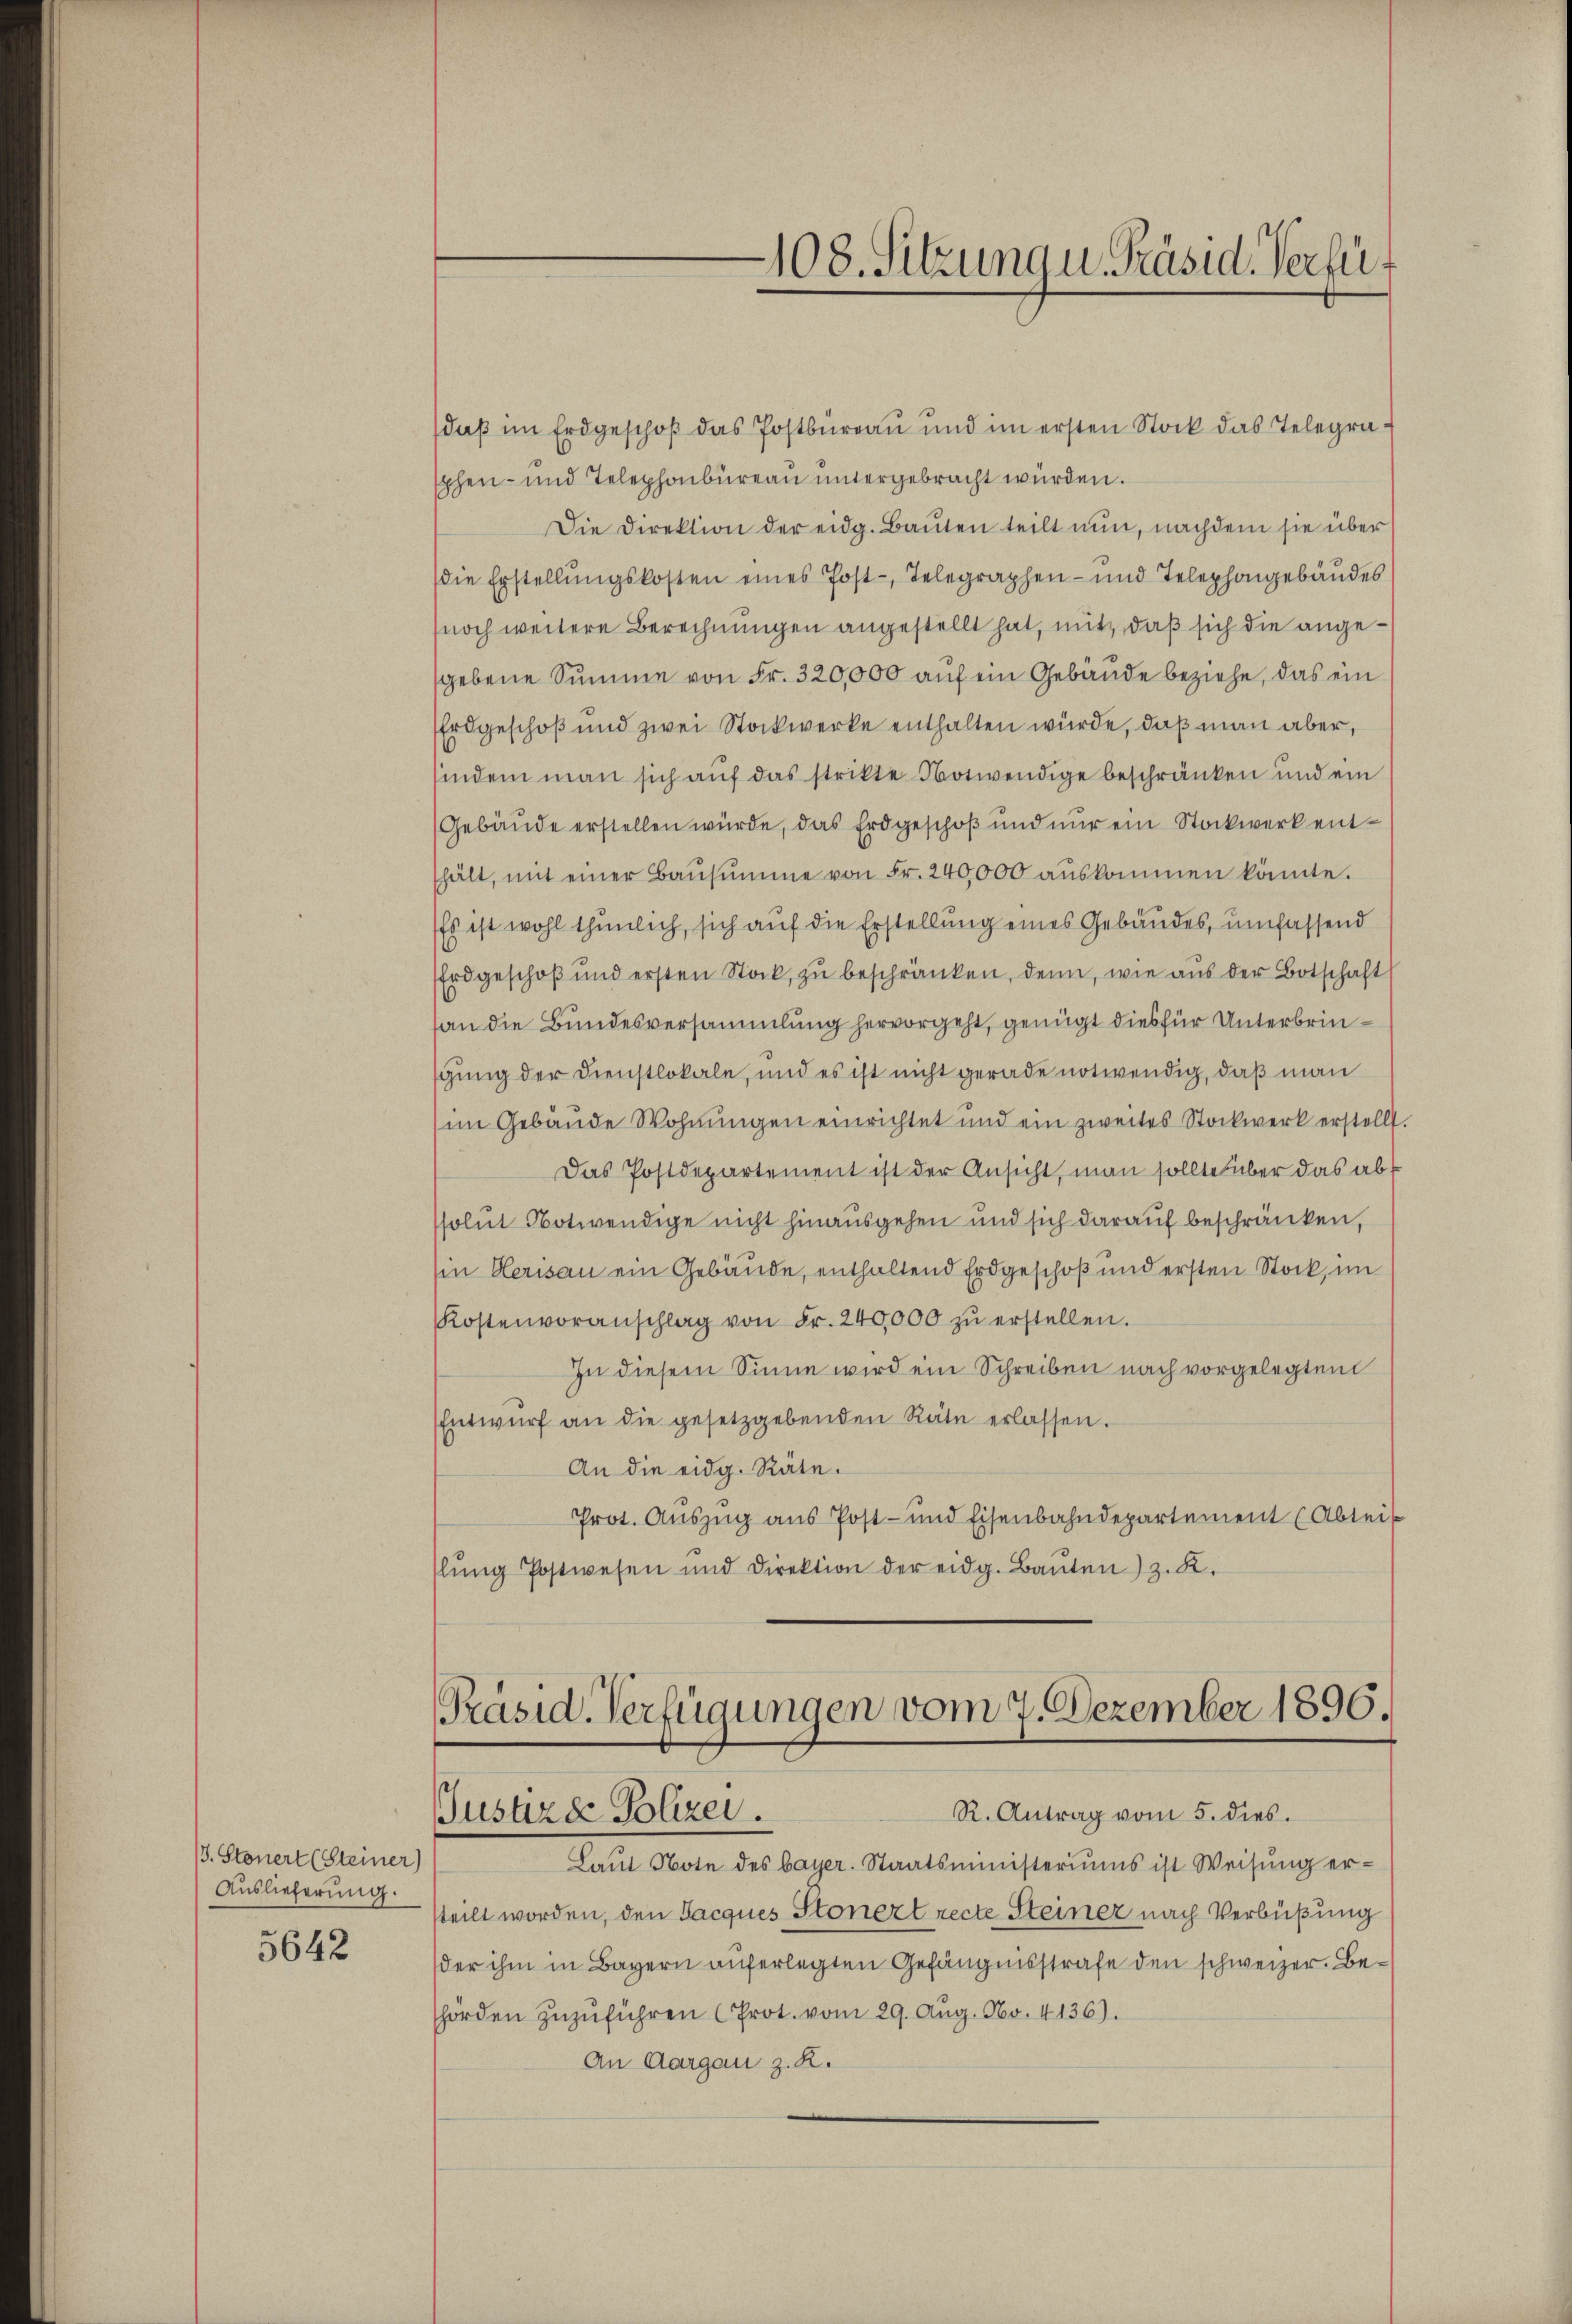
/3. Stonert (Steiner)
Auslieferung.

5642

108. Sitzung u. Präsid. Verfü¬

daß im Erdgeschoß das Postbureau und im ersten Stock das Telegrasphen- und Telephonbüreau untergebracht würden.
Die Direktion der eidg. Baŭten teilt nun, nachdem sie über
Die Erstellungskosten eines Post-Telegraphen- und Telephongebäudes
(noch weitere Berechnungen angestellt hat, mit, daß sich die angegebene Summe von Fr. 320,000 auf ein Gebäude beziehe, das ein
Erdgeschoß und zwei Stockwerke enthalten würde, daß man aber,
sindem man sich auf das strikte Notwendige beschränken und ein
(Gebäŭde erstellen würde, das Erdgeschoß und nur ein Stockwerkentshält, mit einer Baŭsŭmme von Fr. 240,000 aŭskommen könnte.
Es ist wohl thunlich, sich auf die Erstellung eines Gebäudes, umfassend
Erdgeschoß und ersten Stock, zu beschränken, denn, wie aus der Botschaft
an die Bundesversammlung hervorgeht, genügt dies für Unterbringung der Dienstlokale, und es ist nicht gerade notwendig, daß man
im Gebäŭde Wohnungen einrichtet und ein zweites Stockwerk erstellt.
Das Postdepartement ist der Ansicht, man sollte über das ab
ssolut Notwendige nicht hinausgehen und sich darauf beschränken,
ein Herisau ein Gebäude, enthaltend Erdgeschoß und ersten Stock, im
Kostenvoranschlag von Fr. 240,000 zŭ erstellen.
In diesem Sinne wird ein Schreiben nach vorgelegten
Entwŭrf an die gesetzgebenden Räte erlassen.
An die eidg. Räte.
Prot. Auszug aus Post- und Eisenbahndepartement (Abteil
lŭng Postwesen und Direktion der eidg. Baŭten) z. K.

Präsid. Verfügungen vom 7. Dezember 1890.
R. Antrag vom 5. dies.
Justizde Polizei.

Laŭt Note des bayer. Staatsministeriums ist Weisŭng er-
steilt worden, den Jacques Stonezt recte Steiner nach Verbüßung
der ihm in Bayern auferlegten Gefängnisstrafe den schweizer. Behörden zŭzŭführen (Prot. vom 29. Aug. No. 4136).
An Aargau z. R.